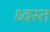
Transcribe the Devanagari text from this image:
ध्वस्‍त